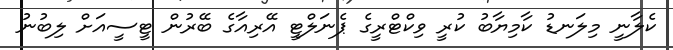
ކެލާނީ މިލަނޑު ކާމިޔާބު ކުރީ ވިކްޓްރީގެ ޕެނަލްޓީ އޭރިއާގެ ބޭރުން ޓީސީއަށް ލިބުނު